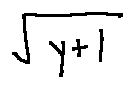
\sqrt { y + l }